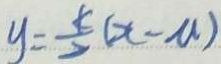
y = \frac { k } { 2 } ( x - a )